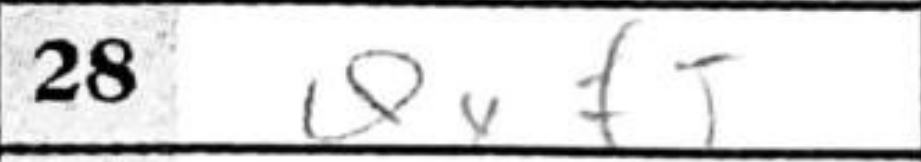
Transcription: Qxf5